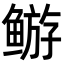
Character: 𬶦